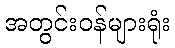
အတွင်းဝန်များရုံး